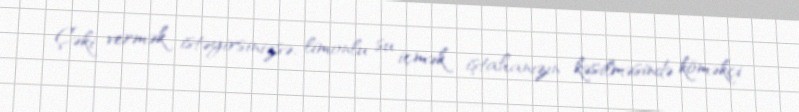
Çəki vermək istəyirsinizsə, limonlu su içmək iştahanızın kəsilməsində köməkçi